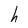
Character: h